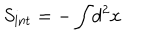
LaTeX: S _ { \mathrm { i n t } } = - \int \! d ^ { 2 } x \,